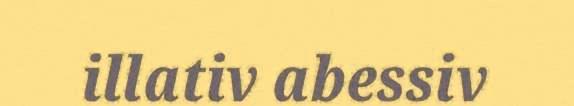
illativ abessiv